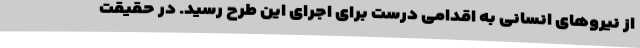
از نیروهای انسانی به اقدامی درست برای اجرای این طرح رسید. در حقیقت